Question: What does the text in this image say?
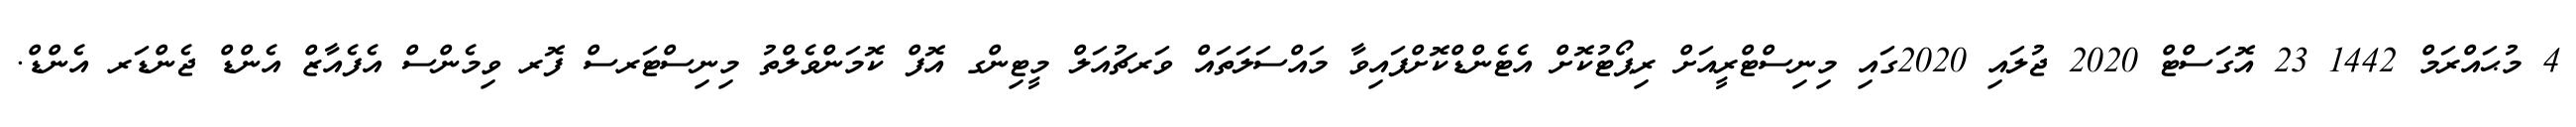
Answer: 4 މުޙައްރަމް 1442 23 އޮގަސްޓް 2020 ޖުލައި 2020ގައި މިނިސްޓްރީއަށް ރިޕޯޓުކޮށް އެޓެންޑްކޮށްފައިވާ މައްސަލަތައް ވަރޗުއަލް މީޓިންގ އޮފް ކޮމަންވެލްތު މިނިސްޓަރސް ފޮރ ވިމެންސް އެފެއާޒް އެންޑް ޖެންޑަރ އެންޑް.